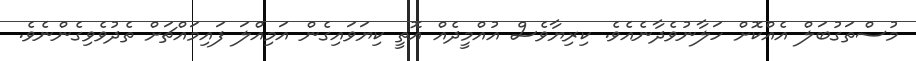
މުސްތަގުބަލް އެއްކޮށް ހަލާނުވެދާނެއެވެ. ކިރިޔާވެސް އުއްމީދެއް އޮތީ ކިޔަވައިގެން އަމިއްލަ ފައިމައްޗަށް ތެދުވެވިގެންނެވެ.